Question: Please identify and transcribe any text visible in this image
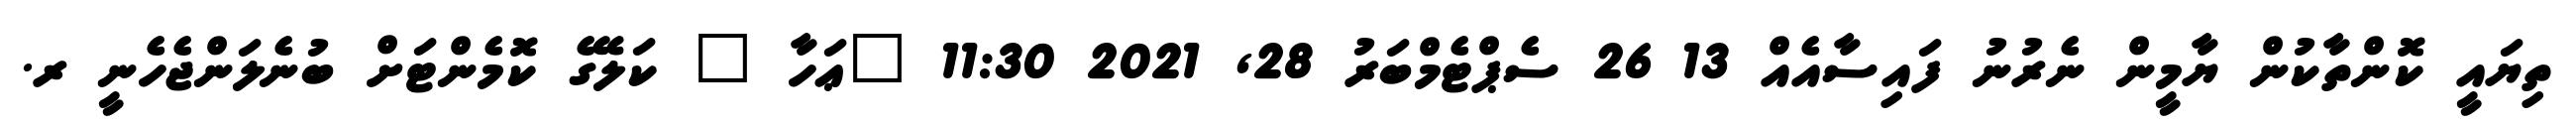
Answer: ތިޔައީ ކޮންތާކުން ޔާމީން ނެރުނު ފައިސާއެއް 13 26 ސެޕްޓެމްބަރު 28, 2021 11:30 "ޢަހާ " ކަލޭގެ ކޮމެންޓަށް ބުނެލަންޖެހެނީ ރ.